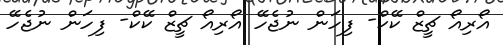
އޯރިއޯ ޗީޒް ކޭކް- ފިހަން ނުޖެހޭ އޯރިއޯ ޗީޒް ކޭކް- ފިހަން ނުޖެހޭ